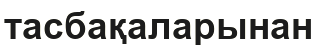
тасбақаларынан